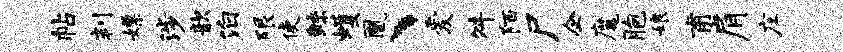
帖判嫖涉歆泊限使鲧蠖凰、爱舛陌尸企魔胞娘甫肩庄